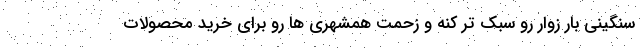
سنگینی بار زوار رو سبک تر کنه و زحمت همشهری ها رو برای خرید محصولات